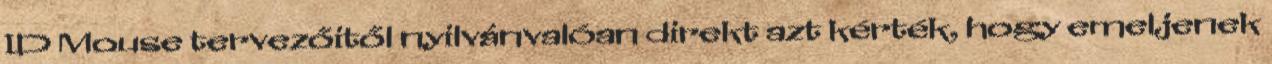
ID Mouse tervezőitől nyilvánvalóan direkt azt kérték, hogy emeljenek